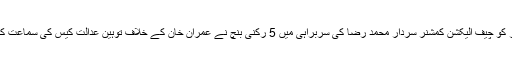
پیر کو چیف الیکشن کمشنر سردار محمد رضا کی سربراہی میں 5 رکنی بنچ نے عمران خان کے خلاف توہین عدالت کیس کی سماعت کی۔